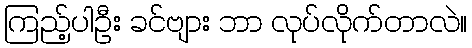
ကြည့်ပါဦး ခင်ဗျား ဘာ လုပ်လိုက်တာလဲ။